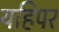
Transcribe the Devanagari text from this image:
यहिपर